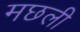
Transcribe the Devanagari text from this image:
मछली